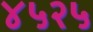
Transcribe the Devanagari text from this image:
४५२५